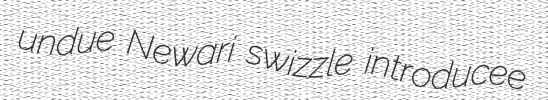
undue Newari swizzle introducee